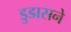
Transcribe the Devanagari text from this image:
डुडासने